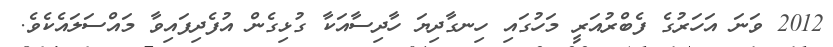
2012 ވަނަ އަހަރުގެ ފެބްރުއަރީ މަހުގައި ހިނގާދިޔަ ހާދިސާއަކާ ގުޅިގެން އުފެދިފައިވާ މައްސަލައެކެވެ.